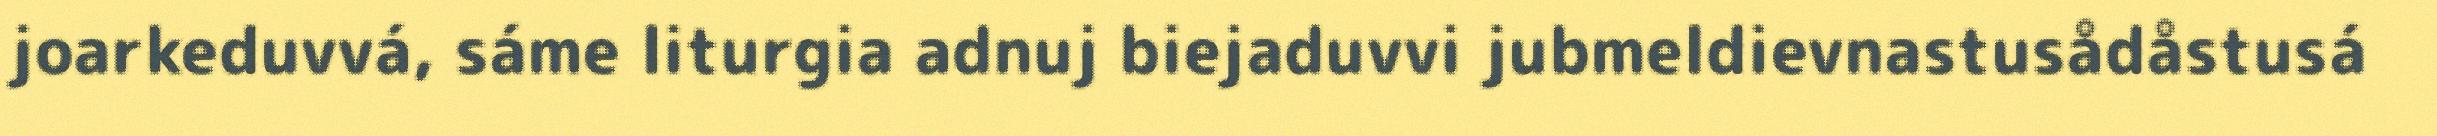
joarkeduvvá, sáme liturgia adnuj biejaduvvi jubmeldievnastusådåstusá